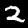
Digit: 2